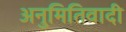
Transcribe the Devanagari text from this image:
अनुमितिवादी